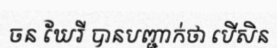
ចន ឃែរី បានបញ្ជាក់ថា បើសិន